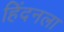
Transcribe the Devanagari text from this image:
हिंदनला